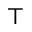
\top